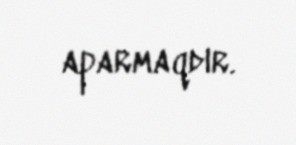
aparmaqdır.